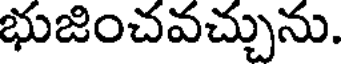
భుజించవచ్చును.